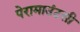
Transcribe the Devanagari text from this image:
पेरामाउंटसी